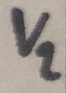
Text: V2